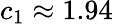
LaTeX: c_{1}\approx 1.94